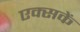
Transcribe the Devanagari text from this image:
एक्सकें